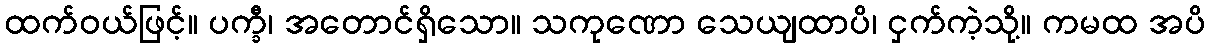
ထက်ဝယ်ဖြင့်။ ပက္ခီ၊ အတောင်ရှိသော။ သကုဏော သေယျထာပိ၊ ငှက်ကဲ့သို့။ ကမထ အပိ